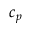
c _ { p }